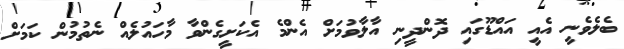
ބެލެވެނީ އެއީ އައްޑޫގައި ދޮންދީނި އާލާވުމަށް އެންމެ އެކަށީގެންވާ މާހައުލެއް ނެތުމުން ކަމަށް